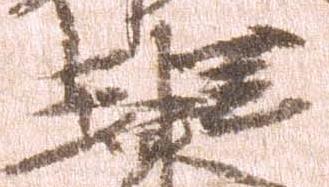
理